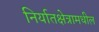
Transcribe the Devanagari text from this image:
निर्यातक्षेत्रामधील